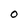
Character: O